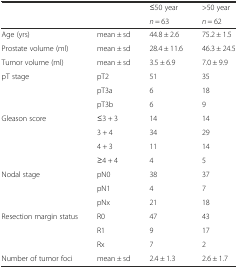
<table><thead><tr><td rowspan="2"></td><td rowspan="2"></td><td><b>≤50 year</b></td><td><b>&gt;50 year</b></td></tr><tr><td><b><i>n</i> = 63</b></td><td><b><i>n</i> = 62</b></td></tr></thead><tbody><tr><td>Age (yrs)</td><td>mean ± sd</td><td>44.8 ± 2.6</td><td>75.2 ± 1.5</td></tr><tr><td>Prostate volume (ml)</td><td>mean ± sd</td><td>28.4 ± 11.6</td><td>46.3 ± 24.5</td></tr><tr><td>Tumor volume (ml)</td><td>mean ± sd</td><td>3.5 ± 6.9</td><td>7.0 ± 9.9</td></tr><tr><td rowspan="3">pT stage</td><td>pT2</td><td>51</td><td>35</td></tr><tr><td>pT3a</td><td>6</td><td>18</td></tr><tr><td>pT3b</td><td>6</td><td>9</td></tr><tr><td rowspan="4">Gleason score</td><td>≤3 + 3</td><td>14</td><td>14</td></tr><tr><td>3 + 4</td><td>34</td><td>29</td></tr><tr><td>4 + 3</td><td>11</td><td>14</td></tr><tr><td>≥4 + 4</td><td>4</td><td>5</td></tr><tr><td rowspan="3">Nodal stage</td><td>pN0</td><td>38</td><td>37</td></tr><tr><td>pN1</td><td>4</td><td>7</td></tr><tr><td>pNx</td><td>21</td><td>18</td></tr><tr><td rowspan="3">Resection margin status</td><td>R0</td><td>47</td><td>43</td></tr><tr><td>R1</td><td>9</td><td>17</td></tr><tr><td>Rx</td><td>7</td><td>2</td></tr><tr><td>Number of tumor foci</td><td>mean ± sd</td><td>2.4 ± 1.3</td><td>2.6 ± 1.7</td></tr></tbody></table>